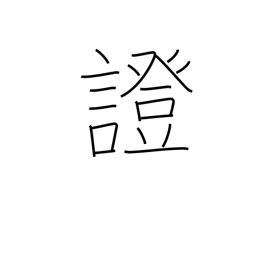
Meaning: proof